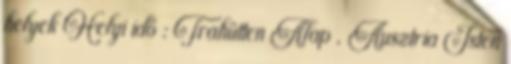
helyek Helyi idő : Trahütten Alap , Ausztria Isten